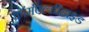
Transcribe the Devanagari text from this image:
फॉर्मएल्डीहाइड